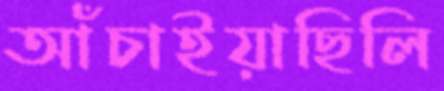
আঁচাইয়াছিলি